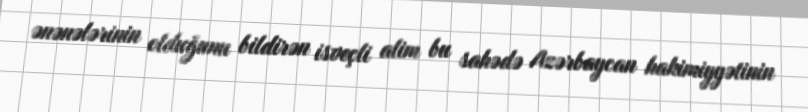
ənənələrinin olduğunu bildirən isveçli alim bu sahədə Azərbaycan hakimiyyətinin